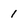
Character: 1